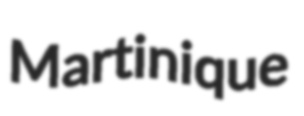
Martinique